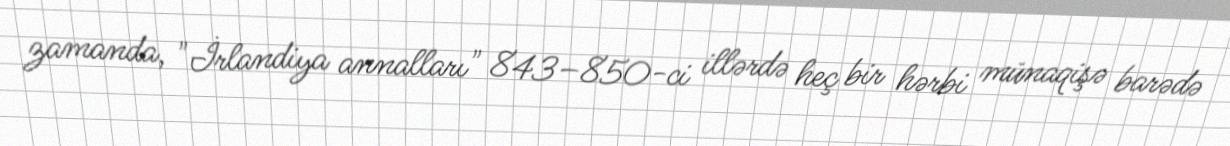
zamanda, "İrlandiya annalları" 843–850-ci illərdə heç bir hərbi münaqişə barədə